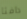
دافئا